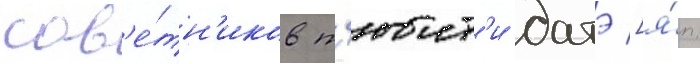
сов'е́тн'иков т'юит'и датэ [я́п.